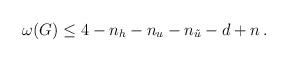
LaTeX: \begin{align*}\omega(G)\le 4-n_{h}-n_{u}-n_{\tilde{u}}-d+n\,.\end{align*}